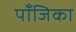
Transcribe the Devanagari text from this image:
पाँजिका